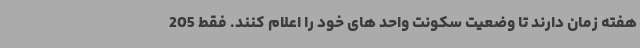
هفته زمان دارند تا وضعیت سکونت واحد های خود را اعلام کنند. فقط 205